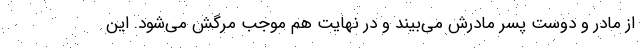
از مادر و دوست پسر مادرش می‌بیند و در نهایت هم موجب مرگش می‌شود. این